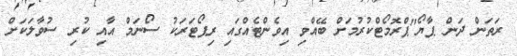
ރަތަން ދަން ޕާޔޯ"ޕްރޮމޯޓްކުރުމަށް ބޭއްވި އިވެންޓެއްގައި ރިޕޯޓަރަކު ސޯނަމް އާއި ކުރި ސުވާލަކަށް